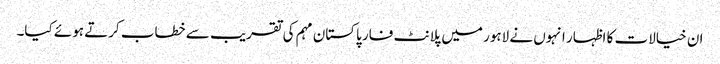
ان خیالات کا اظہار انہوں نے لاہور میں پلانٹ فار پاکستان مہم کی تقریب سے خطاب کرتے ہوئے کیا۔